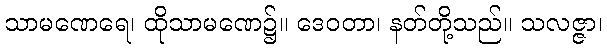
သာမဏေရေ၊ ထိုသာမဏေ၌။ ဒေဝတာ၊ နတ်တို့သည်။ သလဇ္ဇာ၊